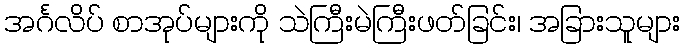
အင်္ဂလိပ် စာအုပ်များကို သဲကြီးမဲကြီးဖတ်ခြင်း၊ အခြားသူများ